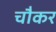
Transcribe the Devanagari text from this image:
चौकर